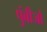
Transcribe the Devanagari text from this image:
पुंबीजों